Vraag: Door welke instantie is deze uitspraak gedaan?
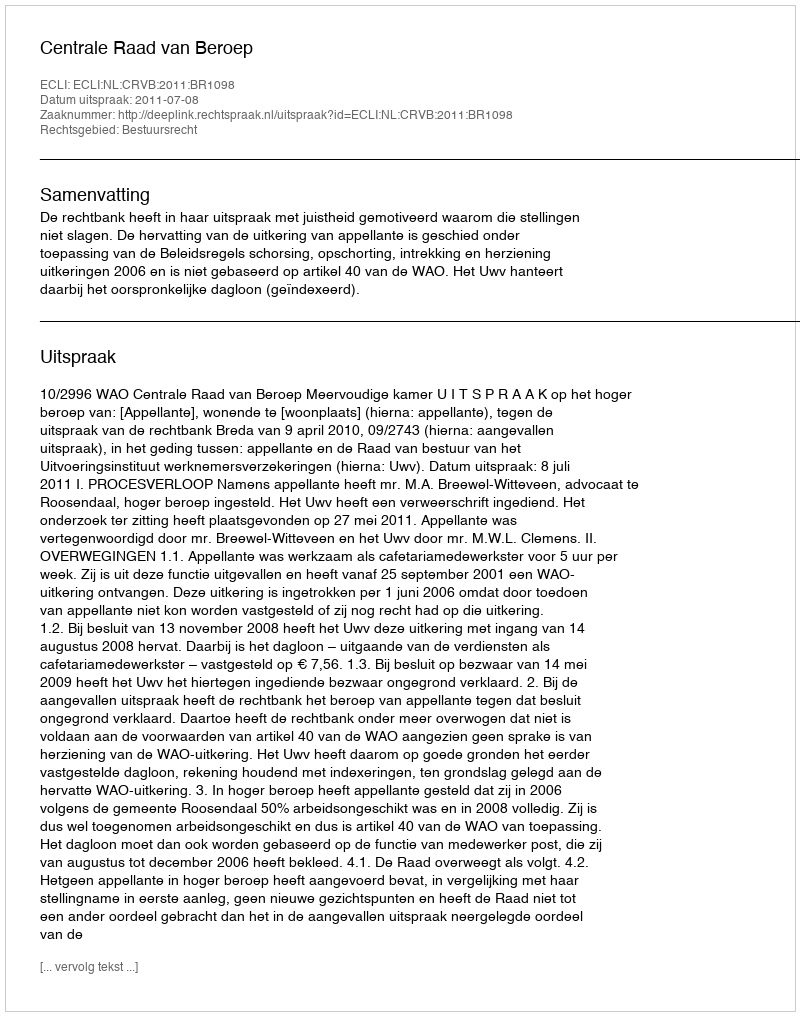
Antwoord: Centrale Raad van Beroep